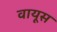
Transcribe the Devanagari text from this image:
वायूस